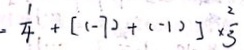
= \frac { 1 } { 4 } + [ ( - 7 ) + ( - 1 ) ] \times \frac { 2 } { 3 }